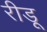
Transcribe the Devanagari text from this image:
रीडू